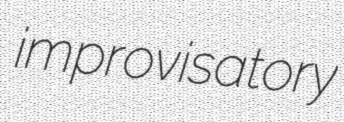
improvisatory